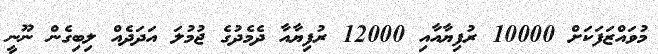
މުވައްޒަފަކަށް 10000 ރުފިޔާއާއި 12000 ރުފިޔާއާ ދެމެދުގެ ޖުމުލަ އަދަދެއް ލިބިގެން ނޫނީ